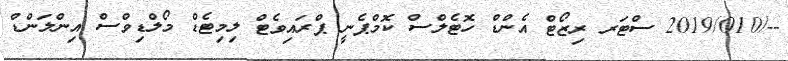
--/2019/010 ސްޓަރ ރިޒޯޓް އެންޑް ހޮޓެލްސް ކޮމްޕެނީ ޕްރައިވެޓް ލިމިޓެޑް މޯލްޑިވްސް އިންލަންޑް